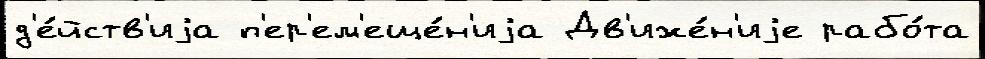
д'е́йств'иjа п'ер'ем'еще́н'иjа Дв'иже́н'иjе рабо́та